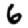
Digit: 6